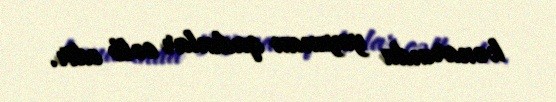
kənarında yuyunan qadınlar cəlb edir.